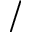
/